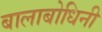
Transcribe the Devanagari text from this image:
बालाबोधिनी